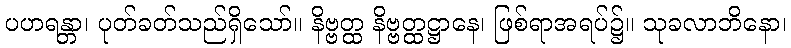
ပဟရန္တာ၊ ပုတ်ခတ်သည်ရှိသော်။ နိဗ္ဗတ္ထ နိဗ္ဗတ္ထဋ္ဌာနေ၊ ဖြစ်ရာအရပ်၌။ သုခလာဘိနော၊